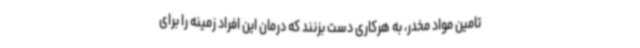
تامین مواد مخدر، به هرکاری دست بزنند که درمان این افراد زمینه را برای